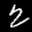
Label: 2